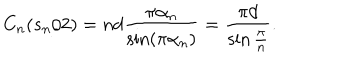
LaTeX: C _ { n } ( s _ { n } / 2 ) = n d \frac { \pi \alpha _ { n } } { \sin ( \pi \alpha _ { n } ) } = \frac { \pi d } { \sin \frac { \pi } { n } } .